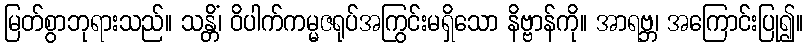
မြတ်စွာဘုရားသည်။ သန္တိံ၊ ဝိပါက်ကမ္မဇရုပ်အကြွင်းမရှိသော နိဗ္ဗာန်ကို။ အာရဗ္ဘ၊ အကြောင်းပြု၍။